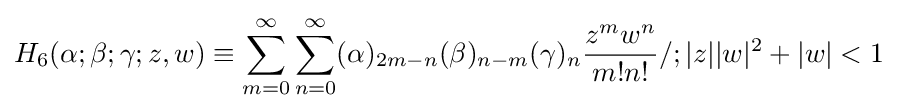
H_{6}(\alpha ;\beta ;\gamma ;z,w)\equiv \sum _{m=0}^{\infty }\sum _{n=0}^{\infty }(\alpha )_{2m-n}(\beta )_{n-m}(\gamma )_{n}{\frac {z^{m}w^{n}}{m!n!}}/;|z||w|^{2}+|w|<1